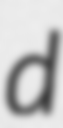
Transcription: d